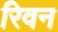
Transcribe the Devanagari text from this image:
रिवन